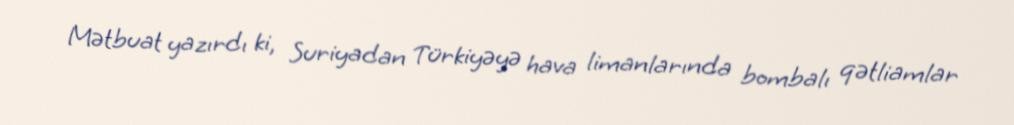
Mətbuat yazırdı ki, Suriyadan Türkiyəyə hava limanlarında bombalı qətliamlar